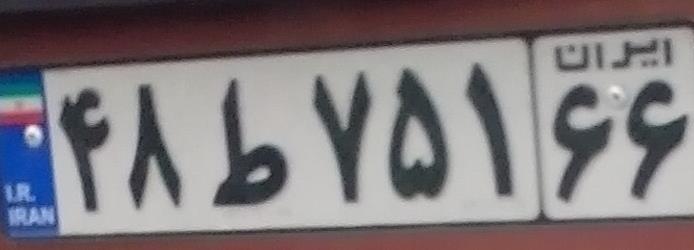
۴۸ط۷۵۱۶۶